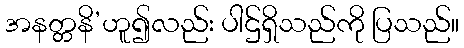
အနတ္တနိ’ဟူ၍လည်း ပါဌ်ရှိသည်ကို ပြသည်။